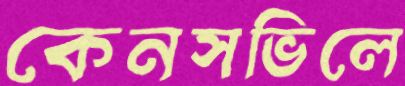
কেনসভিলে